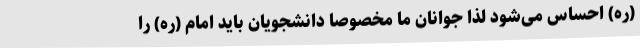
(ره) احساس می‌شود لذا جوانان ما مخصوصاً دانشجویان باید امام (ره) را